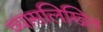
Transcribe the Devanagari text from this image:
व्यासलिखित